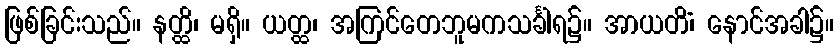
ဖြစ်ခြင်းသည်။ နတ္ထိ၊ မရှိ။ ယတ္ထ၊ အကြင်တေဘူမကသင်္ခါရ၌။ အာယတိံ၊ နောင်အခါ၌။